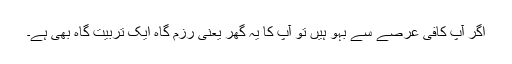
اگر آپ کافی عرصے سے بہو ہیں تو آپ کا یہ گھر یعنی رزم گاہ ایک تربیت گاہ بھی ہے۔